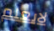
لايعلم